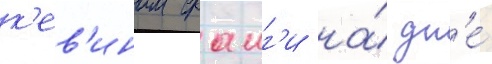
к'ев'ином фаиг'и на́ дн'е́